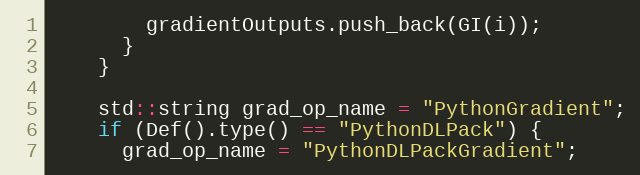
Language: C++
        gradientOutputs.push_back(GI(i));
      }
    }

    std::string grad_op_name = "PythonGradient";
    if (Def().type() == "PythonDLPack") {
      grad_op_name = "PythonDLPackGradient";